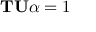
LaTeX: \mathbf { T U } \alpha = 1